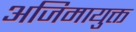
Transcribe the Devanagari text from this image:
अजिमायुक्त